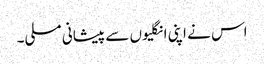
اس نے اپنی انگلیوں سے پیشانی مسلی۔